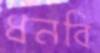
ধনবি